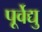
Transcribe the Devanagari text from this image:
पूर्वेद्यु